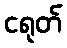
ငရုတ်